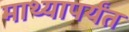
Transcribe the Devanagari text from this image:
माथ्यापर्यंत